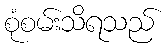
စုံစမ်းသိရသည်